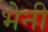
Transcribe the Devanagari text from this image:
भैनी